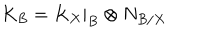
K _ { B } = K _ { X } | _ { B } \otimes N _ { B / X }